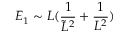
E _ { 1 } \sim L ( \frac { 1 } { \tilde { L } ^ { 2 } } + \frac { 1 } { L ^ { 2 } } )